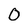
Character: O